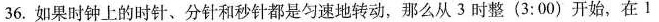
36. 如果时钟上的时针、分针和秒针都是匀速地转动，那么从3时整 (3:00) 开始，在1